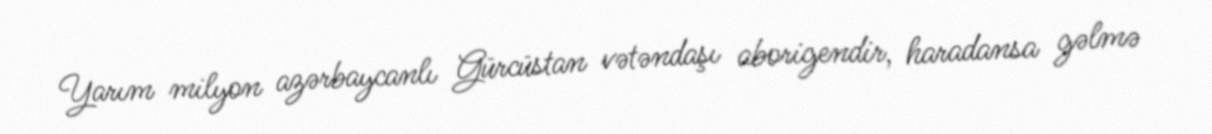
Yarım milyon azərbaycanlı Gürcüstan vətəndaşı aborigendir, haradansa gəlmə